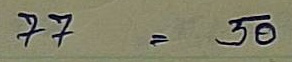
77 = 50